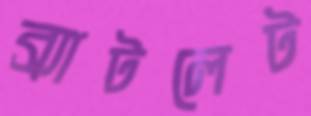
ব্র্যাটলেট